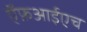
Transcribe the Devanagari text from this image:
ऍफ़आईएच